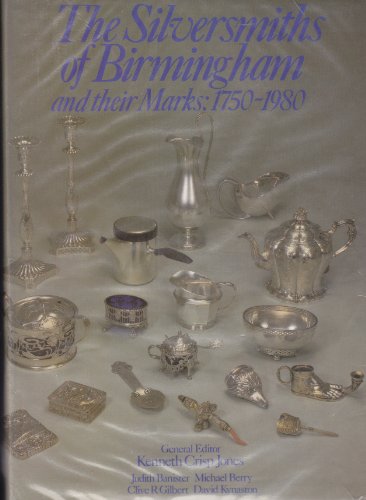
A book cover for Silversmiths of Birmingham and their Marks, 1750-1980; Kenneth Crisp Jones; Crafts, Hobbies & Home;